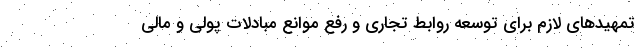
تمهیدهای لازم برای توسعه روابط تجاری و رفع موانع مبادلات پولی و مالی